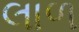
લાળ